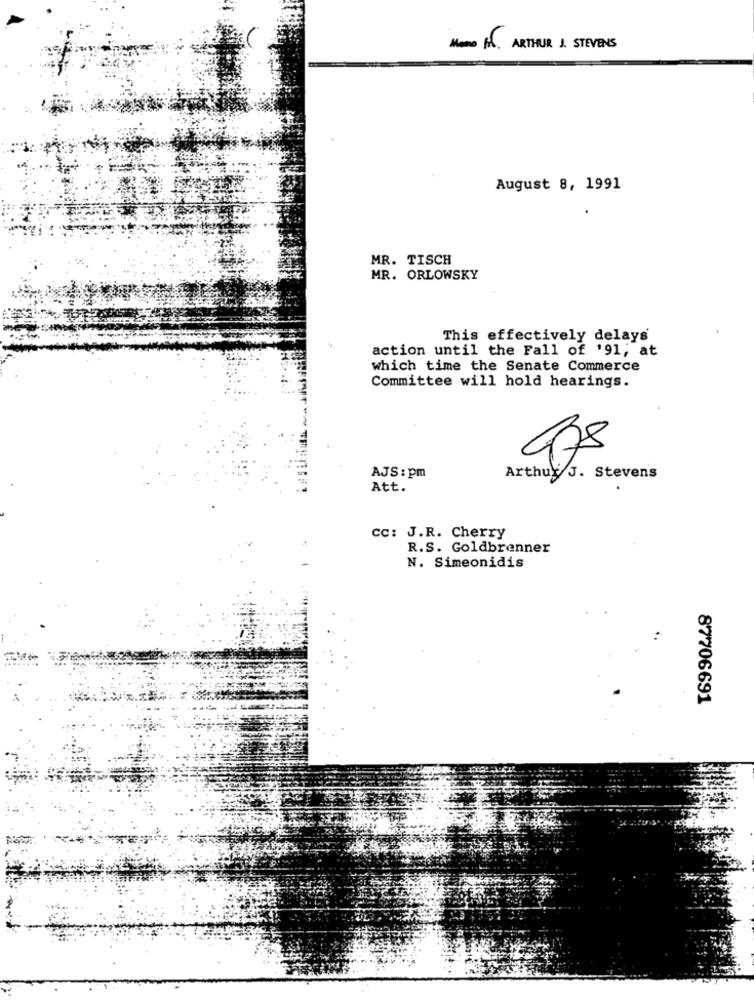
ARTHUR J. STEVENS
August 8, 1991
MR. TISCH
MR. ORLOWSKY
This effectively delays
action until the Fall of '91; at
which time the Senate Commerce
Committee will hold hearings.
AJS : pm
Arthur J. Stevens
Att.
cc: J.R. Cherry
R.S. Goldbrenner
N. Simeonidis
87706691